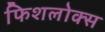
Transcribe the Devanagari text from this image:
फिशलोक्स